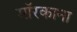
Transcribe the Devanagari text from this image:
मॉरकाना